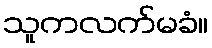
သူကလက်မခံ။